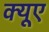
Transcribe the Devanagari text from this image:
क्यूए